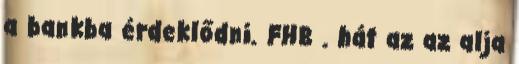
a bankba érdeklődni. FHB . hát az az alja